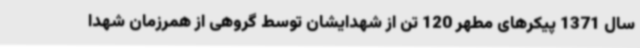
سال 1371 پیکرهای مطهر 120 تن از شهدایشان توسط گروهی از همرزمان شهدا